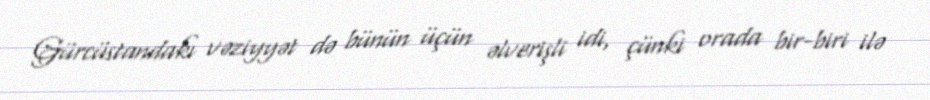
Gürcüstandakı vəziyyət də bünün üçün əlverişli idi, çünki orada bir-biri ilə